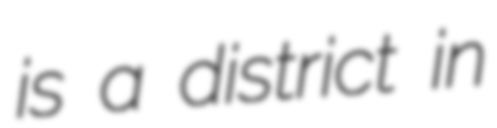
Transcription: is a district in